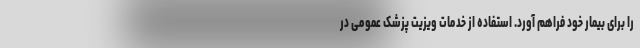
را برای بیمار خود فراهم آورد. استفاده از خدمات ویزیت پزشک عمومی در